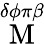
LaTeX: \stackrel{\delta\phi\pi\beta}{\mathrm{M}}